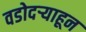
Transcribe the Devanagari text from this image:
वडोदऱ्याहून